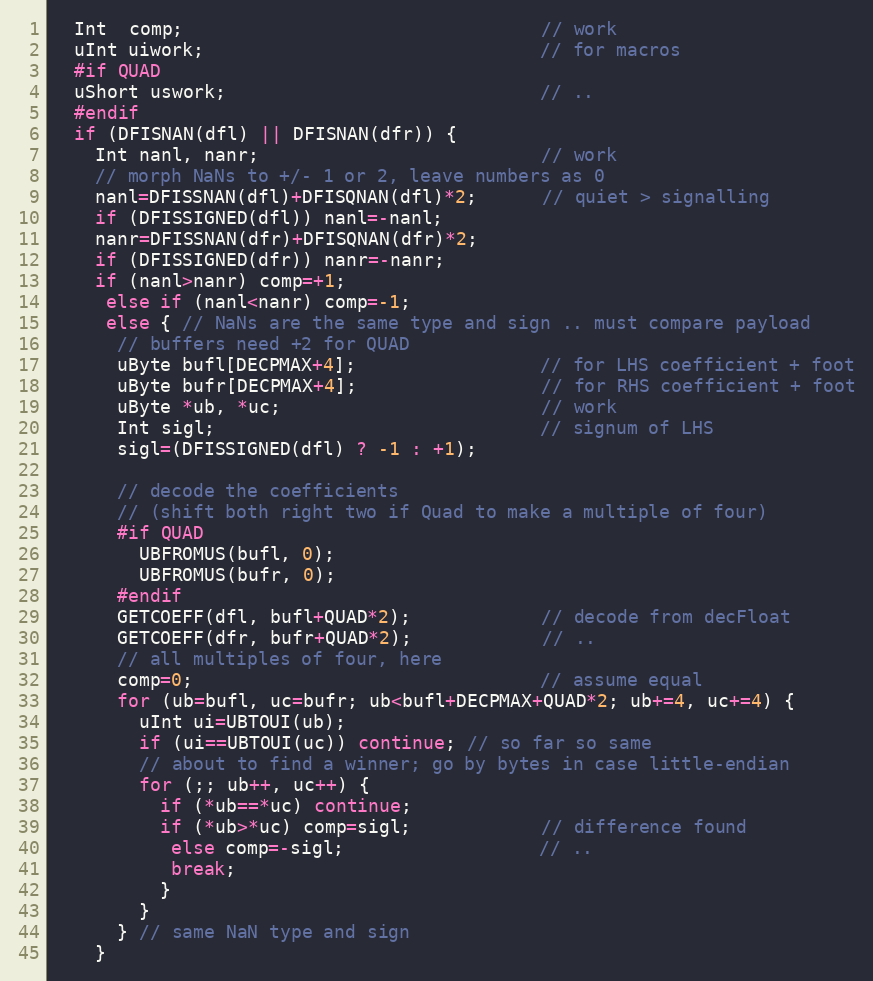
Language: C
  Int  comp;                                 // work
  uInt uiwork;                               // for macros
  #if QUAD
  uShort uswork;                             // ..
  #endif
  if (DFISNAN(dfl) || DFISNAN(dfr)) {
    Int nanl, nanr;                          // work
    // morph NaNs to +/- 1 or 2, leave numbers as 0
    nanl=DFISSNAN(dfl)+DFISQNAN(dfl)*2;      // quiet > signalling
    if (DFISSIGNED(dfl)) nanl=-nanl;
    nanr=DFISSNAN(dfr)+DFISQNAN(dfr)*2;
    if (DFISSIGNED(dfr)) nanr=-nanr;
    if (nanl>nanr) comp=+1;
     else if (nanl<nanr) comp=-1;
     else { // NaNs are the same type and sign .. must compare payload
      // buffers need +2 for QUAD
      uByte bufl[DECPMAX+4];                 // for LHS coefficient + foot
      uByte bufr[DECPMAX+4];                 // for RHS coefficient + foot
      uByte *ub, *uc;                        // work
      Int sigl;                              // signum of LHS
      sigl=(DFISSIGNED(dfl) ? -1 : +1);

      // decode the coefficients
      // (shift both right two if Quad to make a multiple of four)
      #if QUAD
        UBFROMUS(bufl, 0);
        UBFROMUS(bufr, 0);
      #endif
      GETCOEFF(dfl, bufl+QUAD*2);            // decode from decFloat
      GETCOEFF(dfr, bufr+QUAD*2);            // ..
      // all multiples of four, here
      comp=0;                                // assume equal
      for (ub=bufl, uc=bufr; ub<bufl+DECPMAX+QUAD*2; ub+=4, uc+=4) {
        uInt ui=UBTOUI(ub);
        if (ui==UBTOUI(uc)) continue; // so far so same
        // about to find a winner; go by bytes in case little-endian
        for (;; ub++, uc++) {
          if (*ub==*uc) continue;
          if (*ub>*uc) comp=sigl;            // difference found
           else comp=-sigl;                  // ..
           break;
          }
        }
      } // same NaN type and sign
    }